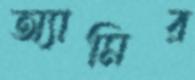
অ্যামির